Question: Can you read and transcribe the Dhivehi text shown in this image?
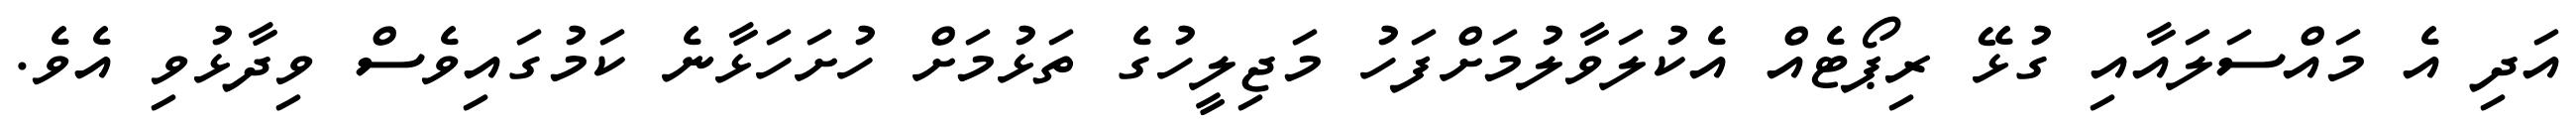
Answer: އަދި އެ މައްސަލައާއި ގުޅޭ ރިޕޯޓެއް އެކުލަވާލުމަށްފަހު މަޖިލީހުގެ ތަޅުމަށް ހުށަހަޅާނެ ކަމުގައިވެސް ވިދާޅުވި އެވެ.